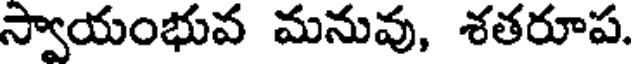
స్వాయంభువ మనువు, శతరూప.